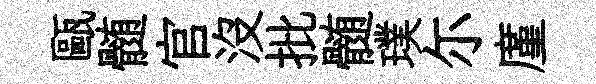
甌髄官没批髄璞尓廑